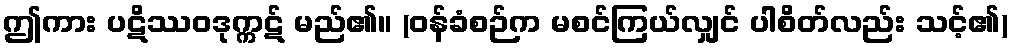
ဤကား ပဋိဿဝဒုက္ကဋ် မည်၏။ (ဝန်ခံစဉ်က မစင်ကြယ်လျှင် ပါစိတ်လည်း သင့်၏)